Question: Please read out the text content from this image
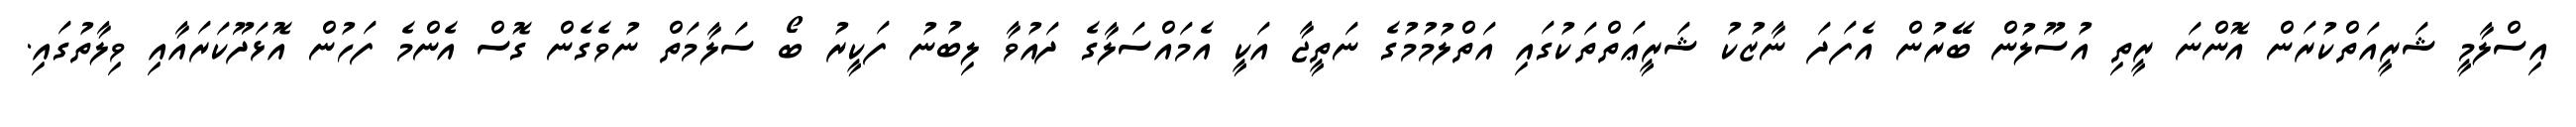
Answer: އިސްލާމީ ޝަރީއަތްކުރަން އޮންނަ ރީތި އުސޫލުން ބޭރުން އެފަދަ ނާޒުކު ޝަރީޢަތްތަކުގައި އަތްލުމުމުގެ ނަތީޖާ އަކީ އެމައްސަލާގެ ދައުވާ ލިބުނު ފަކީރު ބޯ ސަލާމަތް ނުވެގެން ގޮސް އެންމެ ފަހުން އޮޅަދޫކަރައާއި ވިލާތުގައި.